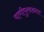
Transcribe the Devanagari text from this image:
पाणीपुरवठ्यात